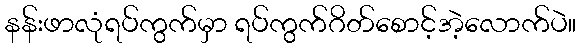
နန်းဖာလုံရပ်ကွက်မှာ ရပ်ကွက်ဂိတ်စောင့်အဲ့လောက်ပဲ။